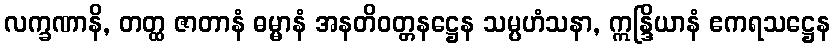
လက္ခဏာနိ, တတ္ထ ဇာတာနံ ဓမ္မာနံ အနတိဝတ္တနဋ္ဌေန သမ္ပဟံသနာ, ဣန္ဒြိယာနံ ဧကရသဋ္ဌေန